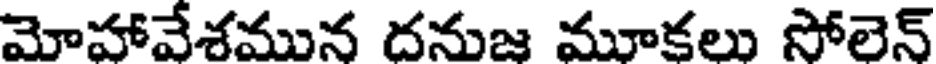
మోహావేశమున దనుజ మూకలు సోలెన్